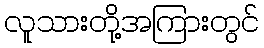
လူသားတို့အကြားတွင်